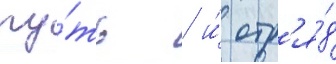
пу́ть / и́ отр'я́д